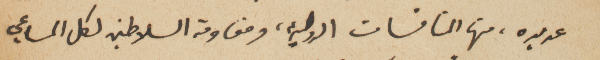
عديده، منها المنافسات الدولية، ومقاومة السلاطين لكل المساعي